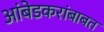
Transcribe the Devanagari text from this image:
आंबेडकरांबाबत